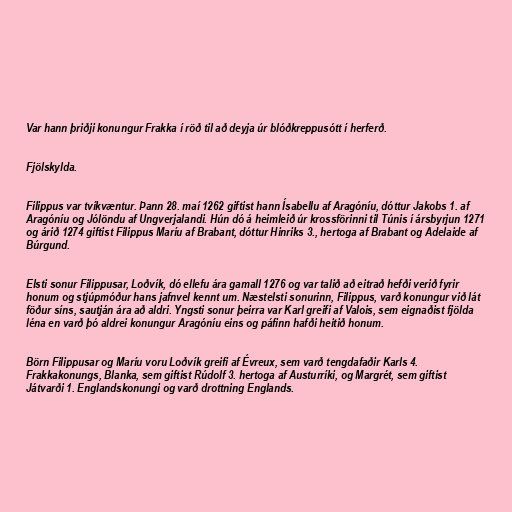
Var hann þriðji konungur Frakka í röð til að deyja úr blóðkreppusótt í herferð.

Fjölskylda.

Filippus var tvíkvæntur. Þann 28. maí 1262 giftist hann Ísabellu af Aragóníu, dóttur Jakobs 1. af
Aragóníu og Jólöndu af Ungverjalandi. Hún dó á heimleið úr krossförinni til Túnis í ársbyrjun 1271
og árið 1274 giftist Filippus Maríu af Brabant, dóttur Hinriks 3., hertoga af Brabant og Adelaide af
Búrgund.

Elsti sonur Filippusar, Loðvík, dó ellefu ára gamall 1276 og var talið að eitrað hefði verið fyrir
honum og stjúpmóður hans jafnvel kennt um. Næstelsti sonurinn, Filippus, varð konungur við lát
föður síns, sautján ára að aldri. Yngsti sonur þeirra var Karl greifi af Valois, sem eignaðist fjölda
léna en varð þó aldrei konungur Aragóníu eins og páfinn hafði heitið honum.

Börn Filippusar og Maríu voru Loðvík greifi af Évreux, sem varð tengdafaðir Karls 4.
Frakkakonungs, Blanka, sem giftist Rúdolf 3. hertoga af Austurríki, og Margrét, sem giftist
Játvarði 1. Englandskonungi og varð drottning Englands.